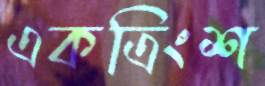
একত্রিংশ